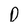
Character: D